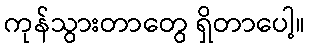
ကုန်သွားတာတွေ ရှိတာပေါ့။